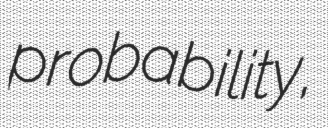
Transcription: probability,